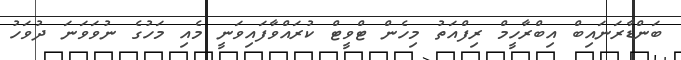
ބަންޑާރަނައިބް އިބްރާހީމް ރިފްއަތު މިހެން ޓްވީޓް ކުރައްވާފައިވަނީ މެއި މަހުގެ ނުވަވަނަ ދުވަހު